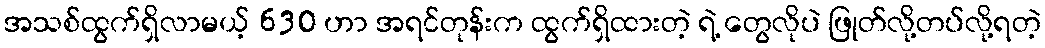
အသစ်ထွက်ရှိလာမယ့် 630 ဟာ အရင်တုန်းက ထွက်ရှိထားတဲ့ ရဲ့ တွေလိုပဲ ဖြုတ်လို့တပ်လို့ရတဲ့